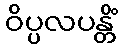
ဝိပ္ပလပန္တိံ